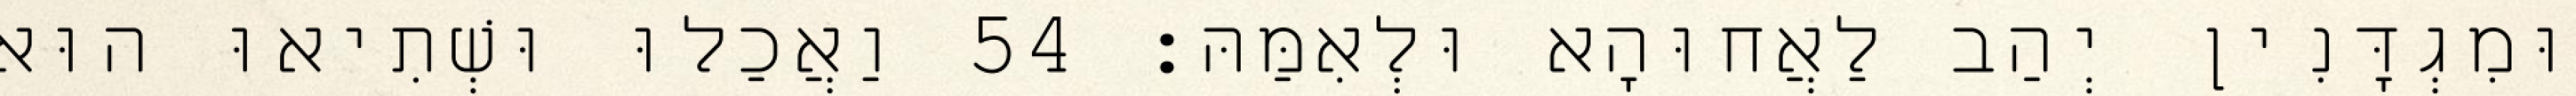
וּמִגְדָּנִין יְהַב לַאֲחוּהָא וּלְאִמַּהּ׃ 54 וַאֲכַלוּ וּשְׁתִיאוּ הוּא